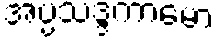
အပ္ပသဒ္ဒကာမော